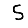
Digit: 5